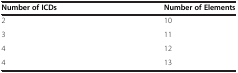
| Number of ICDs | Number of Elements |
 | --- | --- |
 | 2 | 10 |
 | 3 | 11 |
 | 4 | 12 |
 | 4 | 13 |